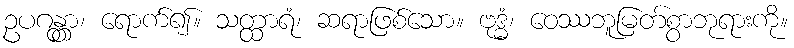
ဥပဂန္တွာ၊ ရောက်၍။ သတ္ထာရံ၊ ဆရာဖြစ်သော။ ဗုဒ္ဓံ၊ ဝေဿဘူမြတ်စွာဘုရားကို။